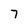
Character: 7